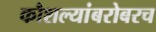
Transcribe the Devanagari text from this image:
कौशल्यांबरोबरच